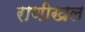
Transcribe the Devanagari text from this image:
राणीखल